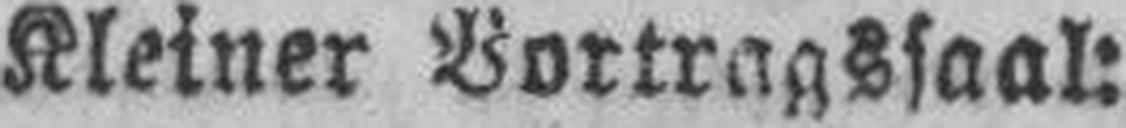
Kleiner Vortragssaal: